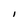
Character: I